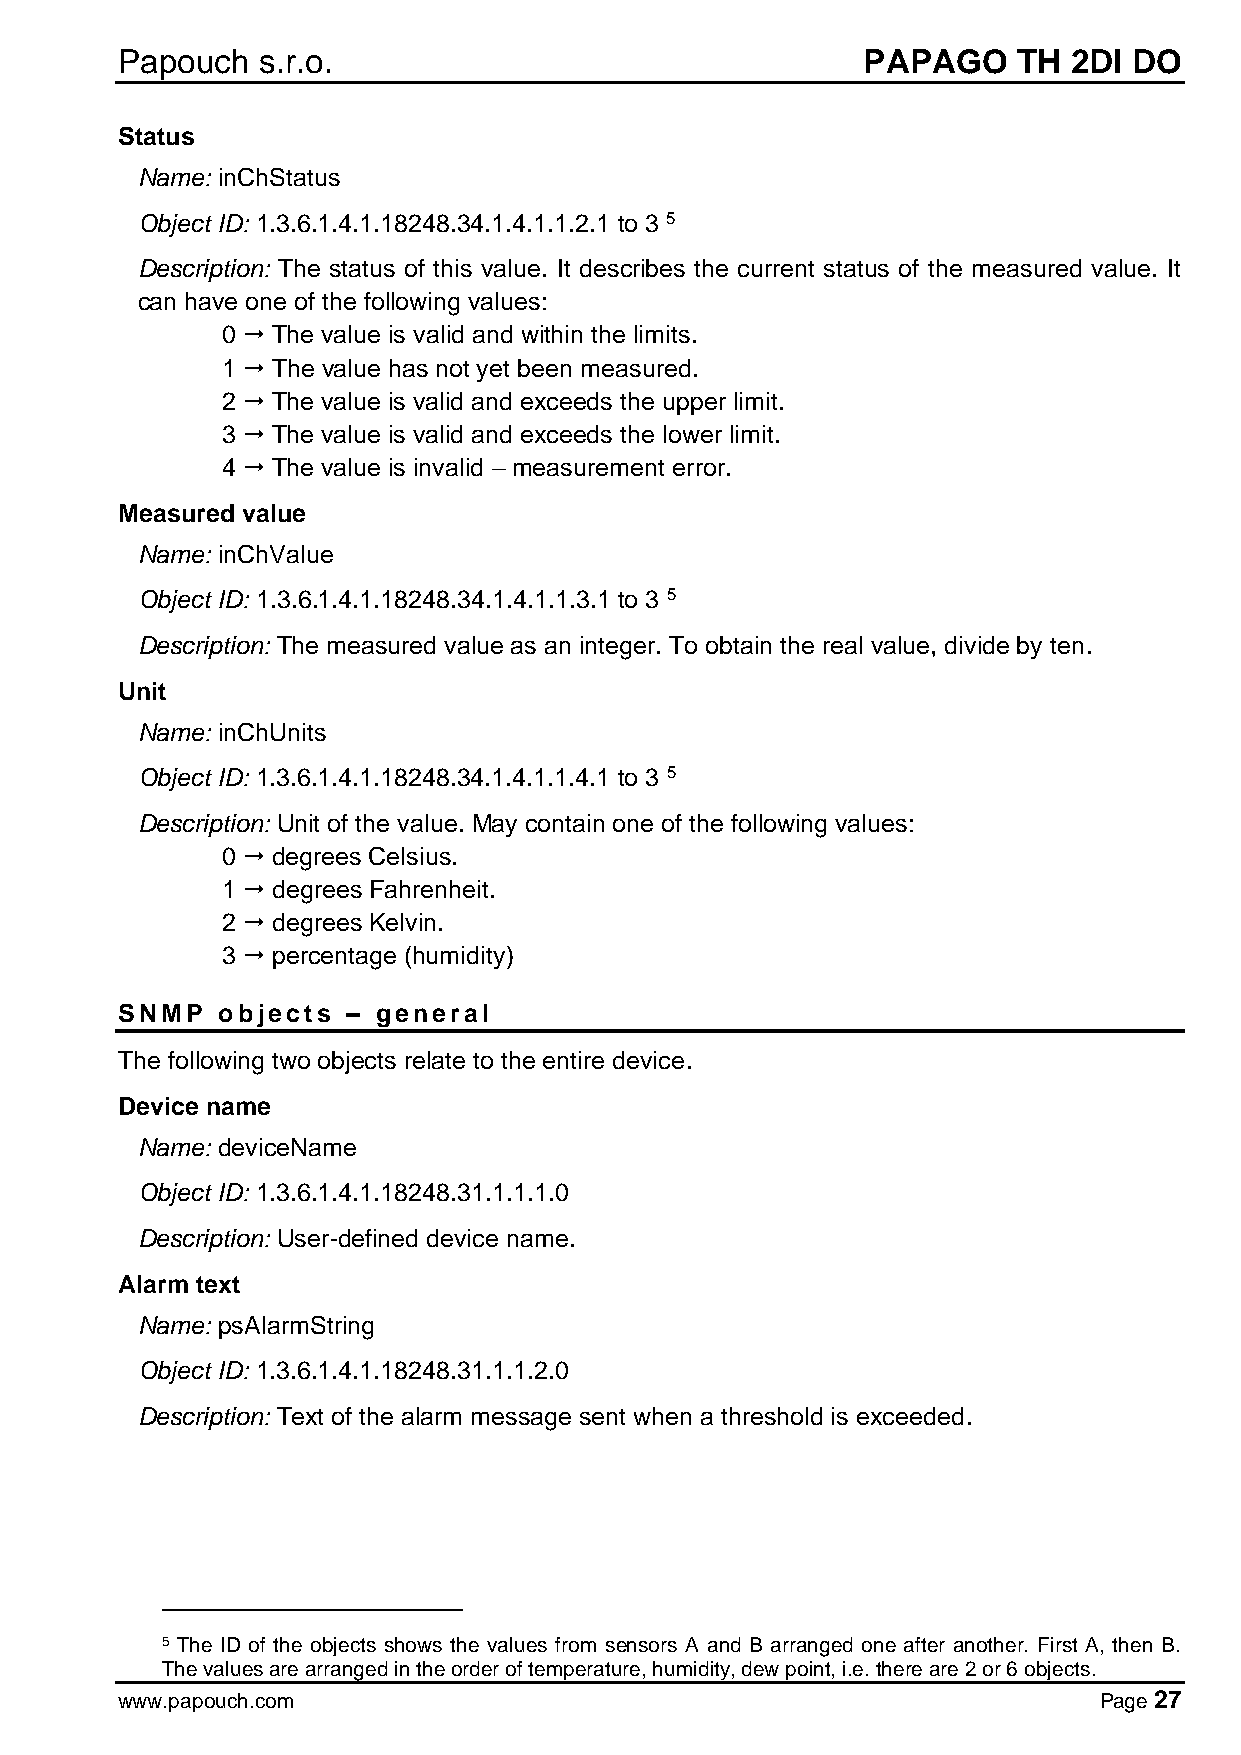
Papouch  s.r.o.                                  PAPAGO    TH  2DI DO
 Status
 Name: inChStatus
 Object ID: 1.3.6.1.4.1.18248.34.1.4.1.1.2.1 to 3 5
 Description: The status of this value. It describes the current status of the measured value. It
 can have one of the following values:
 0  The value is valid and within the limits.
 1  The value has not yet been measured.
 2  The value is valid and exceeds the upper limit.
 3  The value is valid and exceeds the lower limit.
 4  The value is invalid – measurement error.
 Measured value
 Name: inChValue
 Object ID: 1.3.6.1.4.1.18248.34.1.4.1.1.3.1 to 3 5
 Description: The measured value as an integer. To obtain the real value, divide by ten.
 Unit
 Name: inChUnits
 Object ID: 1.3.6.1.4.1.18248.34.1.4.1.1.4.1 to 3 5
 Description: Unit of the value. May contain one of the following values:
 0  degrees Celsius.
 1  degrees Fahrenheit.
 2  degrees Kelvin.
 3  percentage (humidity)
 SNMP  objects  – general
 The following two objects relate to the entire device.
 Device name
 Name: deviceName
 Object ID: 1.3.6.1.4.1.18248.31.1.1.1.0
 Description: User-defined device name.
 Alarm text
 Name: psAlarmString
 Object ID: 1.3.6.1.4.1.18248.31.1.1.2.0
 Description: Text of the alarm message sent when a threshold is exceeded.
 5 The ID of the objects shows the values from sensors A and B arranged one after another. First A, then B.
 The values are arranged in the order of temperature, humidity, dew point, i.e. there are 2 or 6 objects.
 www.papouch.com                                                  Page 27